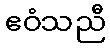
ဧဝံသညီ